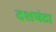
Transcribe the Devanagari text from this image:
दशघंटा